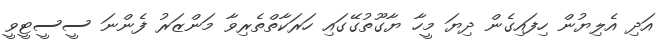
އަދި އެލިޔުން ހިފައިގެން ދިޔަ މީހާ ޔާގޫތުގޭގައި ހަރަކާތްތެރިވާ މަންޒަރު ފެންނަ ސީސީޓީވީ